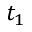
t _ { 1 }